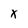
Character: x